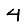
Digit: 4